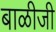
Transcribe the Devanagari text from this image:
बाळीजी